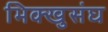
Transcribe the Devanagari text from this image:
भिक्खुसंघ